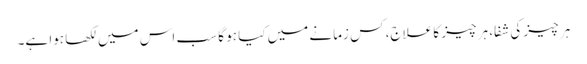
ہر چیز کی شفا، ہر چیز کا علاج، کس زمانے میں کیا ہو گا سب اس میں لکھا ہوا ہے۔